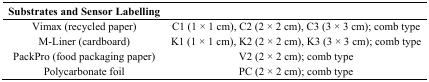
<table><thead><tr><td><b>Substrates and Sensor Labelling</b></td><td></td></tr></thead><tbody><tr><td>Vimax (recycled paper)</td><td>C1 (1 × 1 cm), C2 (2 × 2 cm), C3 (3 × 3 cm); comb type</td></tr><tr><td>M-Liner (cardboard)</td><td>K1 (1 × 1 cm), K2 (2 × 2 cm), K3 (3 × 3 cm); comb type</td></tr><tr><td>PackPro (food packaging paper)</td><td>V2 (2 × 2 cm); comb type</td></tr><tr><td>Polycarbonate foil</td><td>PC (2 × 2 cm); comb type</td></tr></tbody></table>